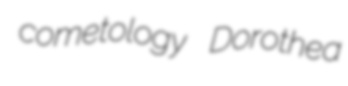
cometology Dorothea